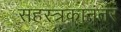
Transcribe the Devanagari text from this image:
सहस्त्रकानंतर